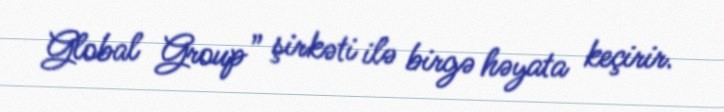
Global Group” şirkəti ilə birgə həyata keçirir.